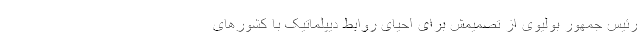
رئیس جمهور بولیوی از تصمیمش برای احیای روابط دیپلماتیک با کشورهای